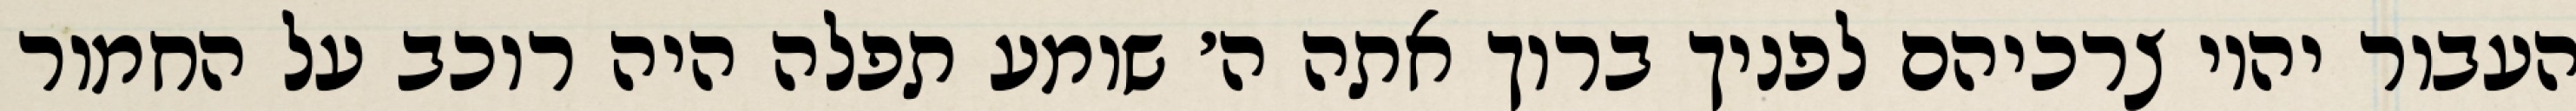
העבור יהיו צרכיהם לפניך ברוך אתה ה׳ שומע תפלה היה רוכב על החמור